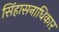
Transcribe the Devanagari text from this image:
सिंहासनाधिकार